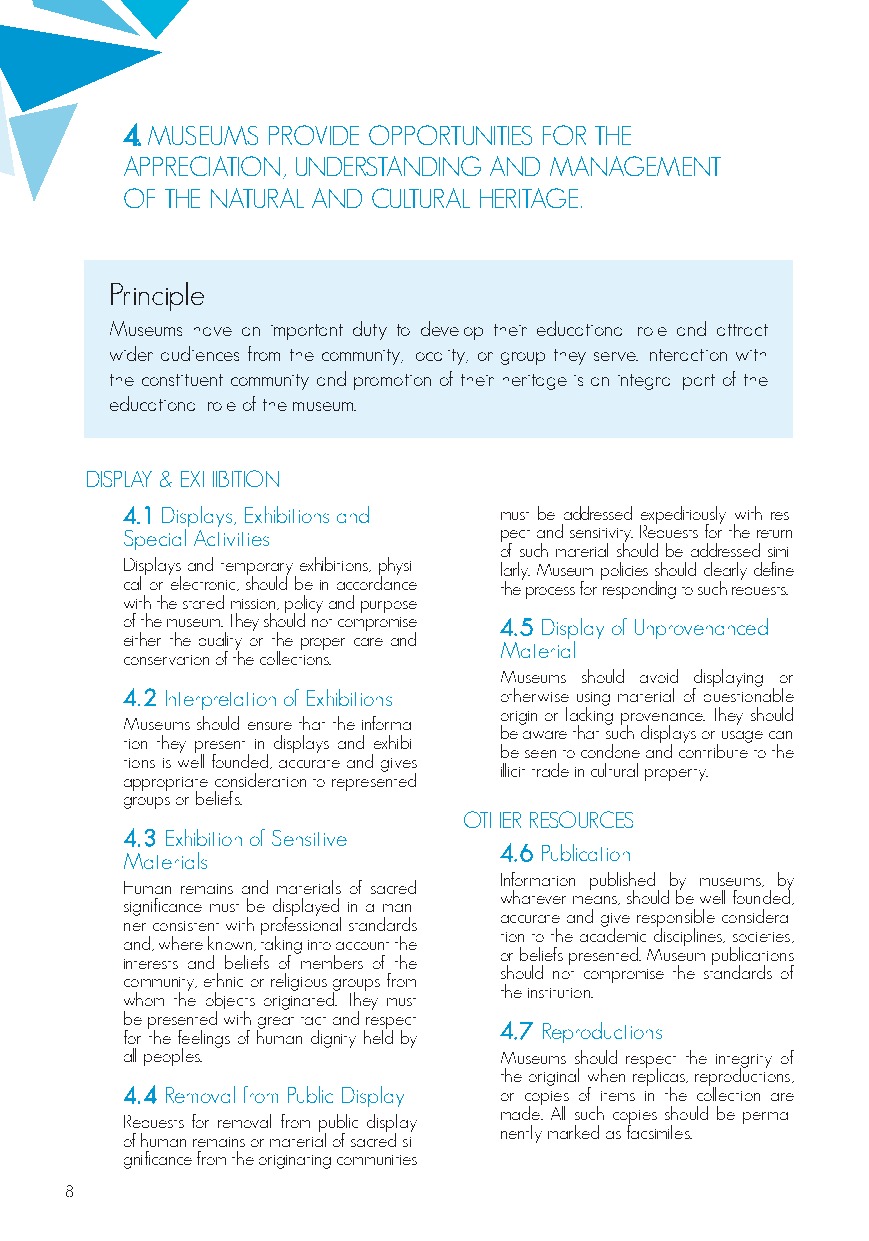
4. MUSEUMS PROVIDE OPPORTUNITIES FOR THE
 APPRECIATION, UNDERSTANDING AND MANAGEMENT
 OF THE NATURAL AND CULTURAL HERITAGE.
 Principle
 Museums have an important duty to develop their educational role and attract
 wider audiences from the community, locality, or group they serve. Interaction with
 the constituent community and promotion of their heritage is an integral part of the
 educational role of the museum.
 DISPLAY & EXHIBITION
 4.1 Displays, Exhibitions and must be addressed expeditiously with res-
 Special Activities       pect and sensitivity. Requests for the return
 of such material should be addressed simi-
 Displays and temporary exhibitions, physi- larly. Museum policies should clearly define
 cal or electronic, should be in accordance the process for responding to such requests.
 with the stated mission, policy and purpose
 of the museum. They should not compromise 4.5 Display of Unprovenanced
 either the quality or the proper care and
 Material
 conservation of the collections.
 Museums should avoid displaying or
 4.2 Interpretation of Exhibitions otherwise using material of questionable
 origin or lacking provenance. They should
 Museums should ensure that the informa-
 be aware that such displays or usage can
 tion they present in displays and exhibi-
 be seen to condone and contribute to the
 tions is well-founded, accurate and gives
 illicit trade in cultural property.
 appropriate consideration to represented
 groups or beliefs.
 OTHER RESOURCES
 4.3 Exhibition of Sensitive
 4.6 Publication
 Materials
 Information published by museums, by
 Human remains and materials of sacred
 whatever means, should be well-founded,
 significance must be displayed in a man-
 accurate and give responsible considera-
 ner consistent with professional standards
 tion to the academic disciplines, societies,
 and, where known, taking into account the
 or beliefs presented. Museum publications
 interests and beliefs of members of the
 should not compromise the standards of
 community, ethnic or religious groups from
 the institution.
 whom the objects originated. They must
 be presented with great tact and respect
 4.7 Reproductions
 for the feelings of human dignity held by
 all peoples.             Museums should respect the integrity of
 the original when replicas, reproductions,
 4.4 Removal from Public Display or copies of items in the collection are
 made. All such copies should be perma-
 Requests for removal from public display
 nently marked as facsimiles.
 of human remains or material of sacred si-
 gnificance from the originating communities
 8